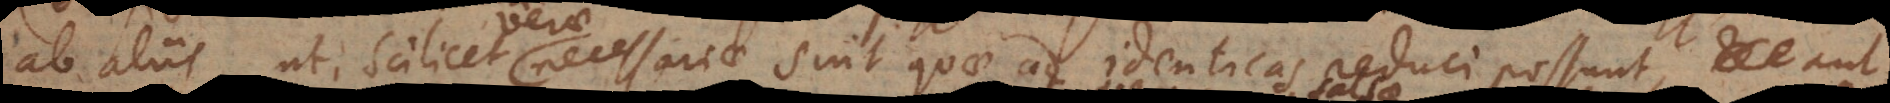
ab aliis, ut scilicet necessariae sint quae ad identicas reduci possunt, aut